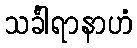
သင်္ခါရာနာဟံ